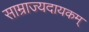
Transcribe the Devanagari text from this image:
साम्राज्यदायकम्